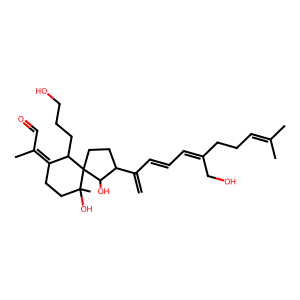
SMILES: C=C(C=CC=C(CO)CCC=C(C)C)C1CCC2(C(CCCO)C(=C(C)C=O)CCC2(C)O)C1O
Inhibits HIV replication: Yes